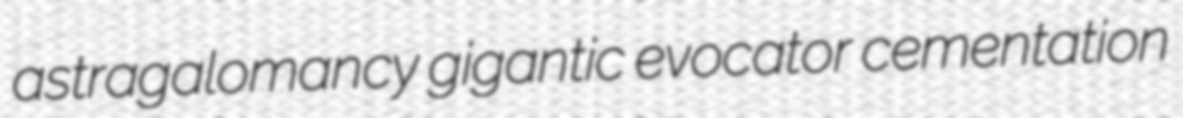
astragalomancy gigantic evocator cementation